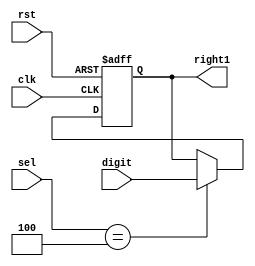
`timescale 1ns / 1ps
//////////////////////////////////////////////////////////////////////////////////
// Company: 
// Engineer: 
// 
// Design Name: 
// Module Name: right1_memory
// Project Name: 
// Target Devices: 
// Tool Versions: 
// Description: 
// 
// Dependencies: 
// 
// Revision:
// Revision 0.01 - File Created
// Additional Comments:
// 
//////////////////////////////////////////////////////////////////////////////////


module right1_memory(clk, rst, digit, sel, right1);
    input clk, rst;
    input [3:0] digit;
    input [3:0] sel;
    output [3:0] right1;
    
    reg [3:0] right1_next;
    reg [3:0] right1;
    
    always @* begin
       if(sel == 4'b0100) 
           right1_next = digit;
       else 
           right1_next = right1;
    end
    
    always @(posedge clk or negedge rst) begin
        if(~rst)
            right1 <= 4'b0;
        else 
            right1 <= right1_next;
    end
endmodule